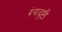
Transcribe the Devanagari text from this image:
रंगदृष्टी